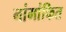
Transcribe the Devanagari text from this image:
नांमांकित